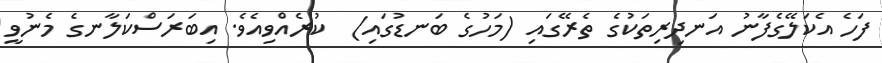
ފަހެ އެކަލޭގެފާނު އަނދިރިތަކުގެ ތެރޭގައި (މަހުގެ ބަނޑުގައި)  ކުރެއްވިއެވެ. އިބަރަސްކަލާނގެ މެނުވީ